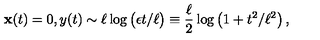
{ \bf x } ( t ) = 0 , y ( t ) \sim \ell \log \big ( \epsilon t / \ell \big ) \equiv \frac { \ell } { 2 } \log \left( 1 + t ^ { 2 } / \ell ^ { 2 } \right) ,